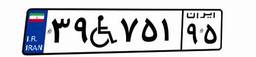
۳۹W۷۵۱۹۵